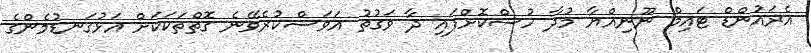
އެރައުންޑް ޓައިމް ނޫނިއްޔާ މުދާ ހުސްކޮށްފައި ދާ ވަގުތު އަވަސްކުރެވޭނެ ގޮތްތަކަކަށް އަޅުގަނޑުމެންގެ